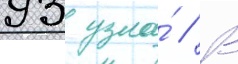
93 узла́ // В